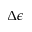
\Delta \epsilon